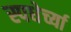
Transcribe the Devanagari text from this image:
स्पधेर्च्या